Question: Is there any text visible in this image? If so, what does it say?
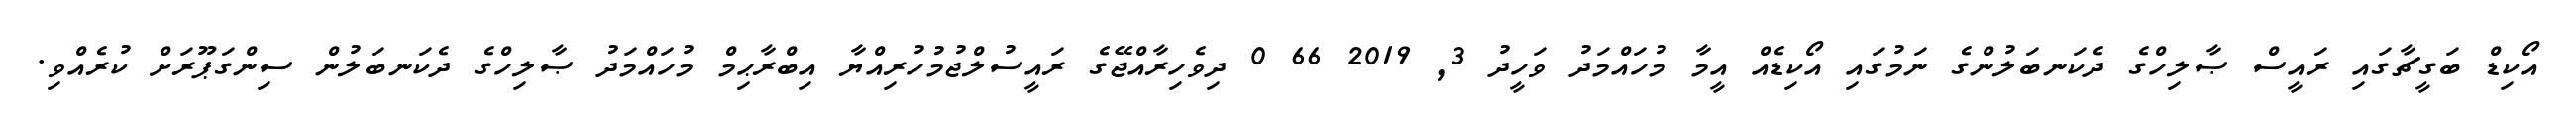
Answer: އޯކިޑް ބަގީޗާގައި ރައީސް ޞާލިހްގެ ދެކަނބަލުންގެ ނަމުގައި އޯކިޑެއް އީމާ މުހައްމަދު ވަހީދު 3, 2019 66 0 ދިވެހިރާއްޖޭގެ ރައީސުލްޖުމުހުރިއްޔާ އިބްރާޙިމް މުހައްމަދު ޞާލިހްގެ ދެކަނބަލުން ސިންގަޕޫރަށް ކުރެއްވި.